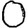
Digit: 0